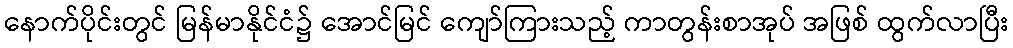
နောက်ပိုင်းတွင် မြန်မာနိုင်ငံ၌ အောင်မြင် ကျော်ကြားသည့် ကာတွန်းစာအုပ် အဖြစ် ထွက်လာပြီး